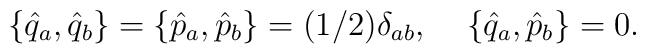
\{\hat{q}_a,\hat{q}_b\} =\{\hat{p}_a,\hat{p}_b\}=(1/2)\delta_{ab}, \;\;\;\; \{\hat{q}_a,\hat{p}_b\}=0.